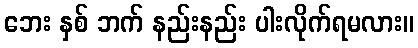
ဘေး နှစ် ဘက် နည်းနည်း ပါးလိုက်ရမလား။